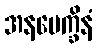
အနပေက္ခိနံ